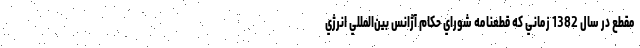
مقطع در سال 1382 زماني كه قطعنامه شوراي حكام آژانس بين‌المللي انرژي